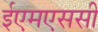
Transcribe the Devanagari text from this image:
ईएमएससी